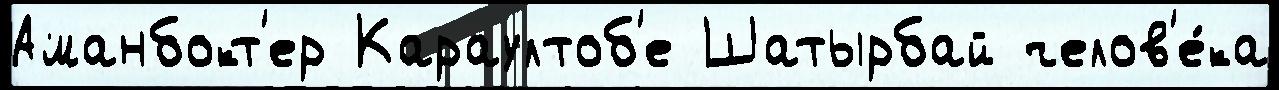
Аманбокт'ер Караултоб'е Шатырбай челов'е́ка